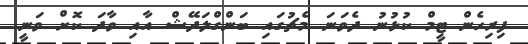
ފިރިހެން ޓީމް ކުޅުނު ދެވަނަ މެޗުގައި ބަންގްލަދޭޝް އާއި ވާދަ ކޮށް ވަނީ